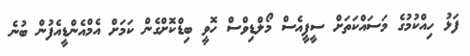
ފަޅު ހިއްކުމުގެ މަސައްކަތަށް ސީޕީއެސް މޯލްޑިވްސް ހޮވީ ބިޑްކޮށްގެން ކަމަށް އެމްއެންޑީއެފުން ބުނެ